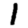
Digit: 1